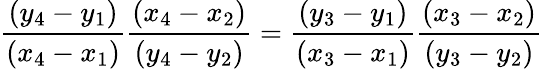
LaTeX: {\frac{(y_{4}-y_{1})}{(x_{4}-x_{1})}}{\frac{(x_{4}-x_{2})}{(y_{4}-y_{2})}}={\frac{(y_{3}-y_{1})}{(x_{3}-x_{1})}}{\frac{(x_{3}-x_{2})}{(y_{3}-y_{2})}}